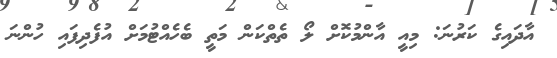
އާދައިގެ ކަރުނަ: މިއީ އާންމުކޮށް ލޯ ތެތްކަން މަތީ ބެހެއްޓުމަށް އުފެދިފައި ހުންނަ